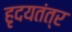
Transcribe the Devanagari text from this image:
हृदयतंत्र